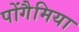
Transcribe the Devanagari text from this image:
पोंगैमिया